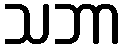
သဘာ